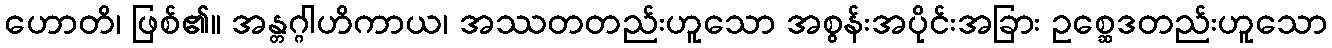
ဟောတိ၊ ဖြစ်၏။ အန္တဂ္ဂါဟိကာယ၊ အဿတတည်းဟူသော အစွန်းအပိုင်းအခြား ဥစ္ဆေဒတည်းဟူသော